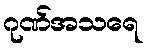
ဂုဏ်အသရေ